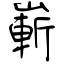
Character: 嶄